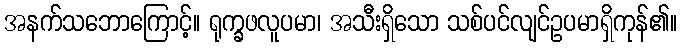
အနက်သဘောကြောင့်။ ရုက္ခဖလူပမာ၊ အသီးရှိသော သစ်ပင်လျင်ဥပမာရှိကုန်၏။